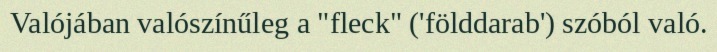
Valójában valószínűleg a "fleck" ('földdarab') szóból való.